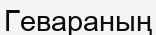
Гевараның